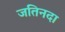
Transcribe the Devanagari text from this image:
जतिनदा